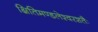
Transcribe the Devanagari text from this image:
क्षितिमण्डलेश्वरशतैः